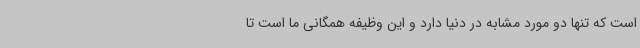
است که تنها دو مورد مشابه در دنیا دارد و این وظیفه همگانی ما است تا